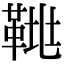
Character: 𩊲